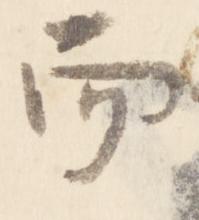
而